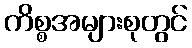
ကိစ္စအများစုတွင်